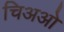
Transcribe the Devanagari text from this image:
चिअओ